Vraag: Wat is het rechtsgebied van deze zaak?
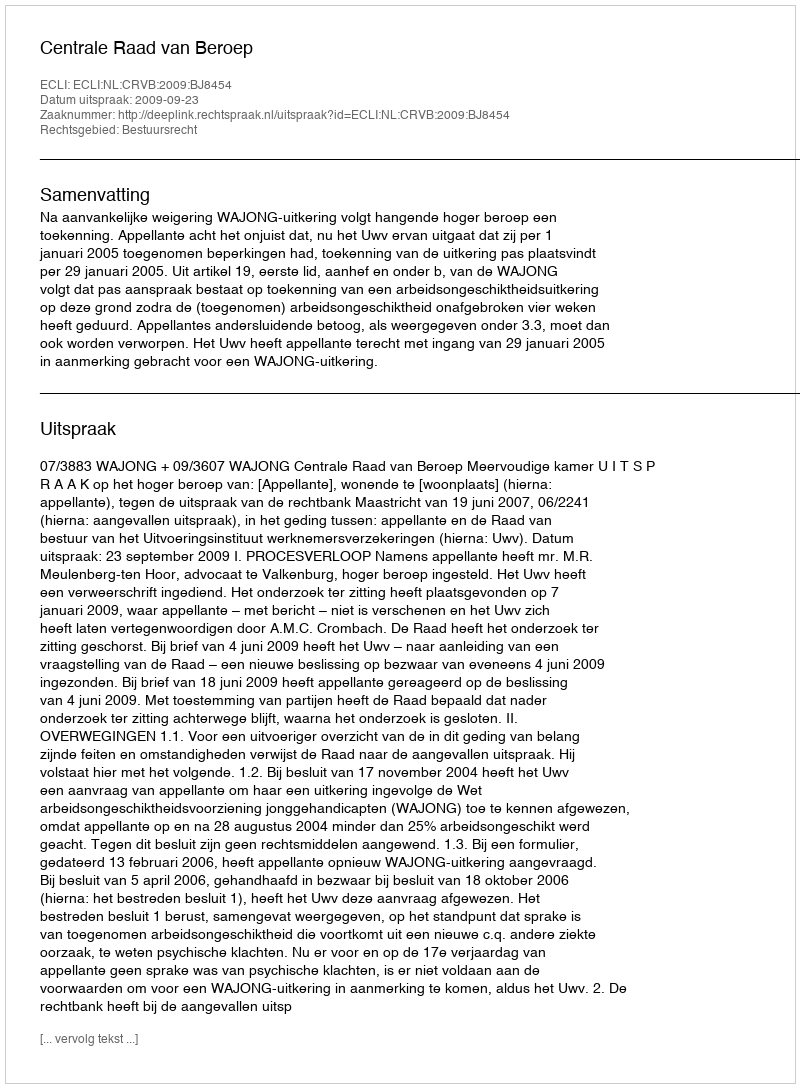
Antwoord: Bestuursrecht